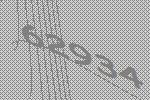
62934